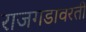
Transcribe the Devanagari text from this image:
राजगडावरती